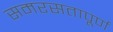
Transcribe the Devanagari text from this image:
समरसतापूर्ण